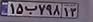
۱۵ب۷۹۸۱۳